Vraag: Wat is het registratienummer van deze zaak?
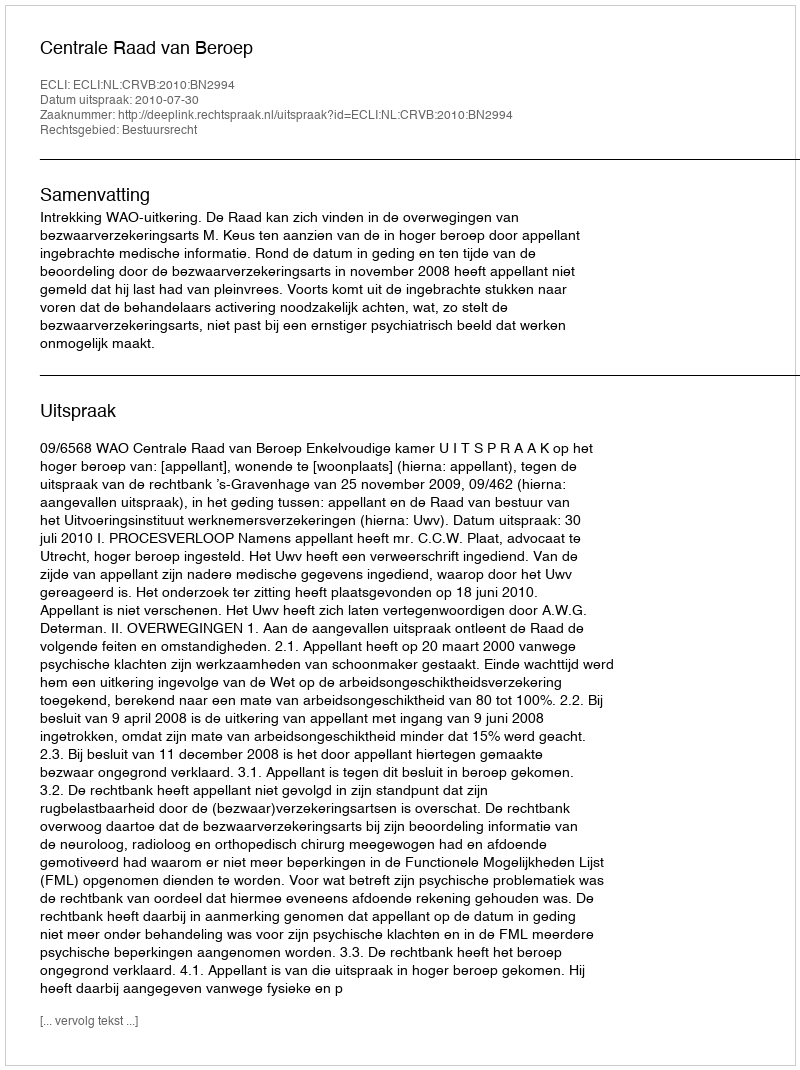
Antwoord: http://deeplink.rechtspraak.nl/uitspraak?id=ECLI:NL:CRVB:2010:BN2994